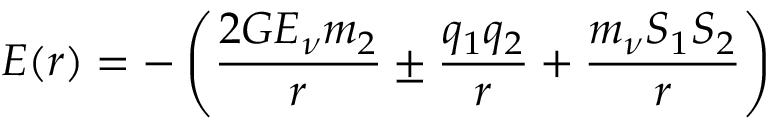
E ( r ) = - \left( \frac { 2 G E _ { \nu } m _ { 2 } } { r } \pm \frac { q _ { 1 } q _ { 2 } } { r } + \frac { m _ { \nu } S _ { 1 } S _ { 2 } } { r } \right)